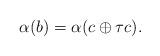
LaTeX: \begin{align*} \alpha( b ) = \alpha( c \oplus \tau c ).\end{align*}